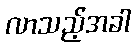
လာသည့်အခါ